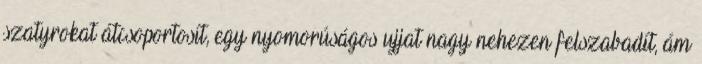
szatyrokat átcsoportosít, egy nyomorúságos ujjat nagy nehezen felszabadít, ám